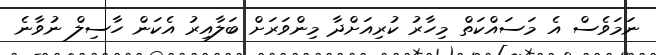
ނަމަވެސް އެ މަސައްކަތް މިހާރު ކުރިއަށްދާ މިންވަރަށް ބަލާއިރު އެކަން ހާސިލް ނުވާނެ